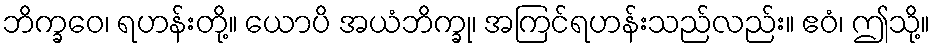
ဘိက္ခဝေ၊ ရဟန်းတို့။ ယောပိ အယံဘိက္ခု၊ အကြင်ရဟန်းသည်လည်း။ ဧဝံ၊ ဤသို့။